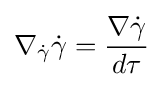
\nabla _{\dot {\gamma }}{\dot {\gamma }}={\frac {\nabla {\dot {\gamma }}}{d\tau }}